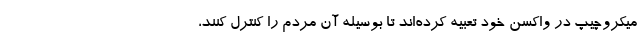
میکروچیپ در واکسن خود تعبیه کرده‌اند تا بوسیله آن مردم را کنترل کنند،